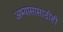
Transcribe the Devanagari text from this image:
अभ्यासासाठीही